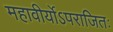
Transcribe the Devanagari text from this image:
महावीर्योऽपराजितः